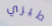
طيري